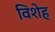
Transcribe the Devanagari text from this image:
विशेह